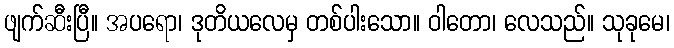
ဖျက်ဆီးပြီ။ အပရော၊ ဒုတိယလေမှ တစ်ပါးသော။ ဝါတော၊ လေသည်။ သုခုမေ၊